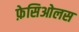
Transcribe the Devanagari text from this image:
फ़ेसिओलस